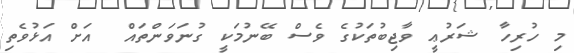
މި ހުރިހާ ޝަރުޢީ ވާޖިބުތަކުގެ ވެސް ބޭނުމަކީ ގުނަވަންތައް  އަށް އަޅުވެތި